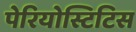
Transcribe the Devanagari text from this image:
पेरियोस्टिटिस